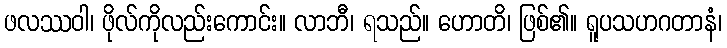
ဖလဿဝါ၊ ဖိုလ်ကိုလည်းကောင်း။ လာဘီ၊ ရသည်။ ဟောတိ၊ ဖြစ်၏။ ရူပသဟဂတာနံ၊